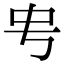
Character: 𬺺